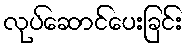
လုပ်ဆောင်ပေးခြင်း